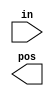
// Build a 4-bit priority encoder. For this problem, if none of the input bits are high 
// (i.e., input is zero), output zero. Note that a 4-bit number has 16 possible combinations.

// Hint: Using hexadecimal (4'hb) or decimal (4'd11) number literals would save typing vs. binary (4'b1011) literals.

// synthesis verilog_input_version verilog_2001
module top_module (
    input [3:0] in,
    output reg [1:0] pos  );

    // Insert your code here

endmodule